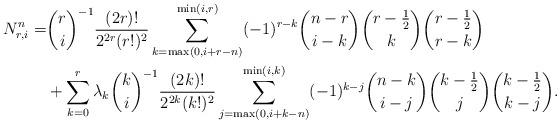
\begin{align*}N_{r,i}^{n}=&\binom{r}{i}^{-1}\frac{(2r)!}{2^{2r}(r!)^{2}}\sum_{k=\max(0,i+r-n)}^{\min(i,r)}(-1)^{r-k}\binom{n-r}{i-k}\binom{r-\frac{1}{2}}{k}\binom{r-\frac{1}{2}}{r-k}\\&+\sum_{k=0}^{r}\lambda_{k}\binom{k}{i}^{-1}\frac{(2k)!}{2^{2k}(k!)^{2}}\sum_{j=\max(0,i+k-n)}^{\min(i,k)}(-1)^{k-j}\binom{n-k}{i-j}\binom{k-\frac{1}{2}}{j}\binom{k-\frac{1}{2}}{k-j}.\end{align*}